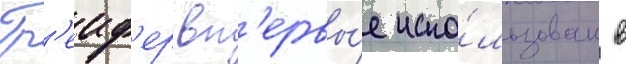
Гр'еиф'ер вп'ервы́е испо́льзован в